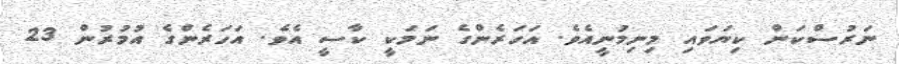
ނަރުސްކަން ކިޔަވައި މިނިމުނީއެވެ. އަހަރެންގެ ނަމަކީ ކާސީ އެވެ. އަހަރެންގެ އުމުރުން 23